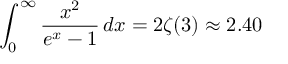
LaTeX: \int _ { 0 } ^ { \infty } { \frac { x ^ { 2 } } { e ^ { x } - 1 } } \, d x = 2 \zeta ( 3 ) \approx 2 . 4 0